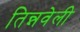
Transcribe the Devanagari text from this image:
तिन्नवेली